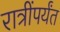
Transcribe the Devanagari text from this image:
रात्रींपर्यंत